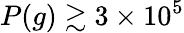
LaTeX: P(g)\gtrsim 3\times 10^{5}